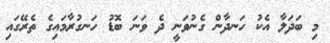
މި ބަދަލާ އެކު ހަނދާން ގެނުވަނީ ދެ ވަނަ ބޮޑު ހަނގުރާމައިގެ ތެރޭގައި